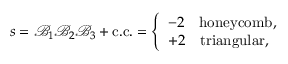
s = \mathcal { B } _ { 1 } \mathcal { B } _ { 2 } \mathcal { B } _ { 3 } + \mathrm { { c . c . } = \left\{ \begin{array} { l l } { - 2 \quad \mathrm { h o n e y c o m b } , } \\ { + 2 \quad \mathrm { t r i a n g u l a r } , } \end{array} \right. }